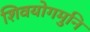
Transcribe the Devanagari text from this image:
शिवयोगमुनि